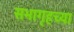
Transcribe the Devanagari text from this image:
सभागृहच्या